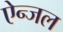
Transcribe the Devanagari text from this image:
ऐन्जल